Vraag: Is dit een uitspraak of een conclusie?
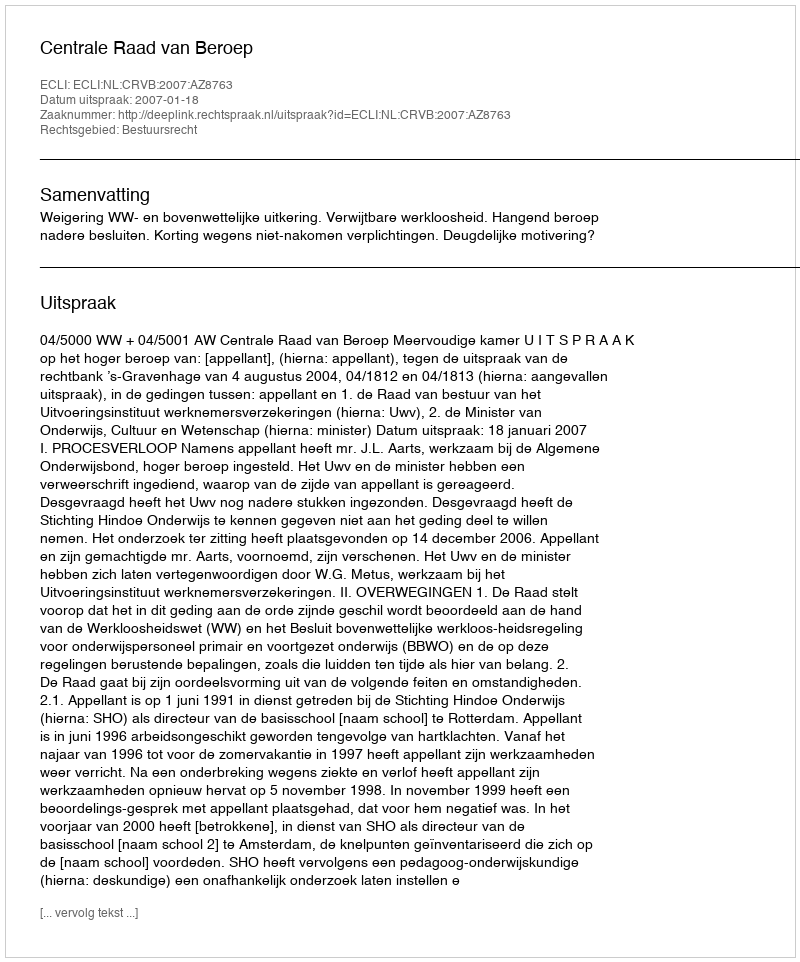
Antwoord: Uitspraak